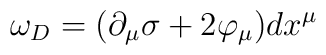
\omega_D = (\partial_\mu\sigma+2\varphi_\mu)dx^\mu